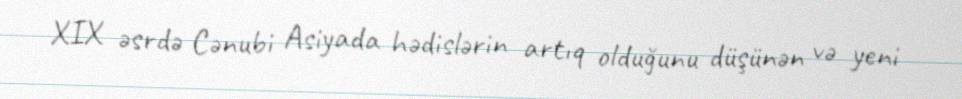
XIX əsrdə Cənubi Asiyada hədislərin artıq olduğunu düşünən və yeni